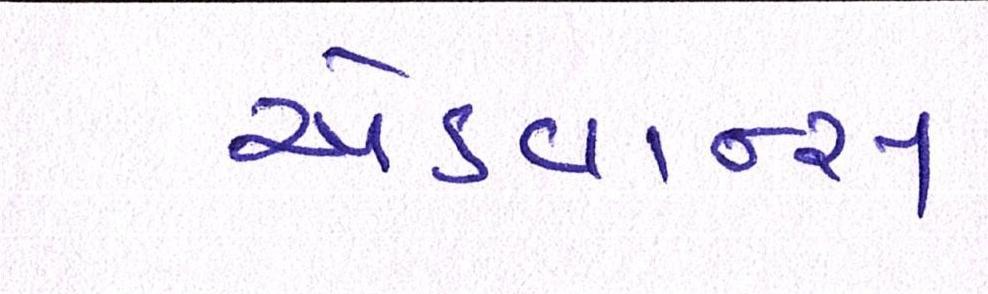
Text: એડવાન્સ